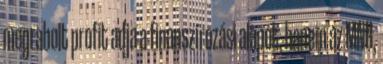
megrabolt profit adja a finanszírozási alapot, hanem az MNB,